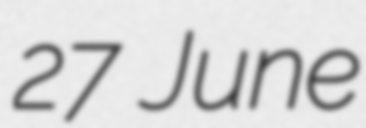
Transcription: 27 June